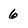
Character: 6